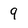
Character: 9